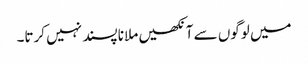
میں لوگوں سے آنکھیں ملانا پسند نہیں کرتا۔